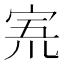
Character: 𡨓